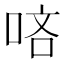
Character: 𠳺